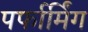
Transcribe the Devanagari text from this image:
पर्फार्मिंग